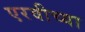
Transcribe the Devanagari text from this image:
एरवीच्या